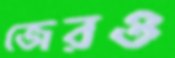
জেরও